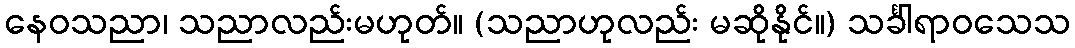
နေဝသညာ၊ သညာလည်းမဟုတ်။ (သညာဟုလည်း မဆိုနိုင်။) သင်္ခါရာဝသေသ